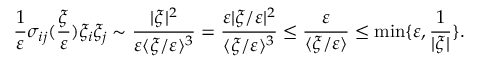
\frac { 1 } { \varepsilon } \sigma _ { i j } ( \frac { \xi } { \varepsilon } ) \xi _ { i } \xi _ { j } \sim \frac { | \xi | ^ { 2 } } { \varepsilon \langle \xi / \varepsilon \rangle ^ { 3 } } = \frac { \varepsilon | \xi / \varepsilon | ^ { 2 } } { \langle \xi / \varepsilon \rangle ^ { 3 } } \leq \frac { \varepsilon } { \langle \xi / \varepsilon \rangle } \leq \operatorname* { m i n } \{ \varepsilon , \frac { 1 } { | \xi | } \} .